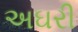
અઘરી